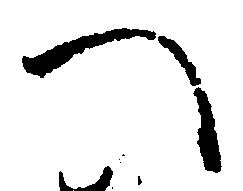
へ